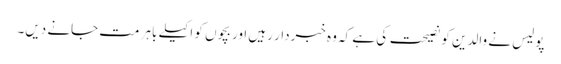
پولیس نے والدین کو نصیحت کی ہے کہ وہ خبردار رہیں اور بچوں کو اکیلے باہر مت جانے دیں۔